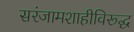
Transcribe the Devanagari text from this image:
सरंजामशाहीविरूद्ध